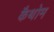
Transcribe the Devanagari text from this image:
कैथोम